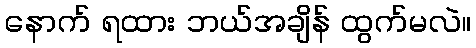
နောက် ရထား ဘယ်အချိန် ထွက်မလဲ။